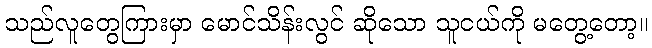
သည်လူတွေကြားမှာ မောင်သိန်းလွင် ဆိုသော သူငယ်ကို မတွေ့တော့။